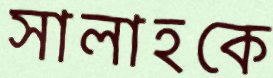
সালাহকে